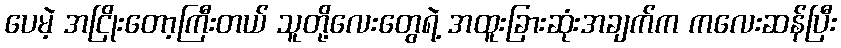
ပေမဲ့ အငြိုးတော့ကြီးတယ် သူတို့လေးတွေရဲ့ အထူးခြားဆုံးအချက်က ကလေးဆန်ပြီး